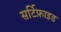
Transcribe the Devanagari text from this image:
सर्टिफ़ाइड